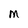
Character: M